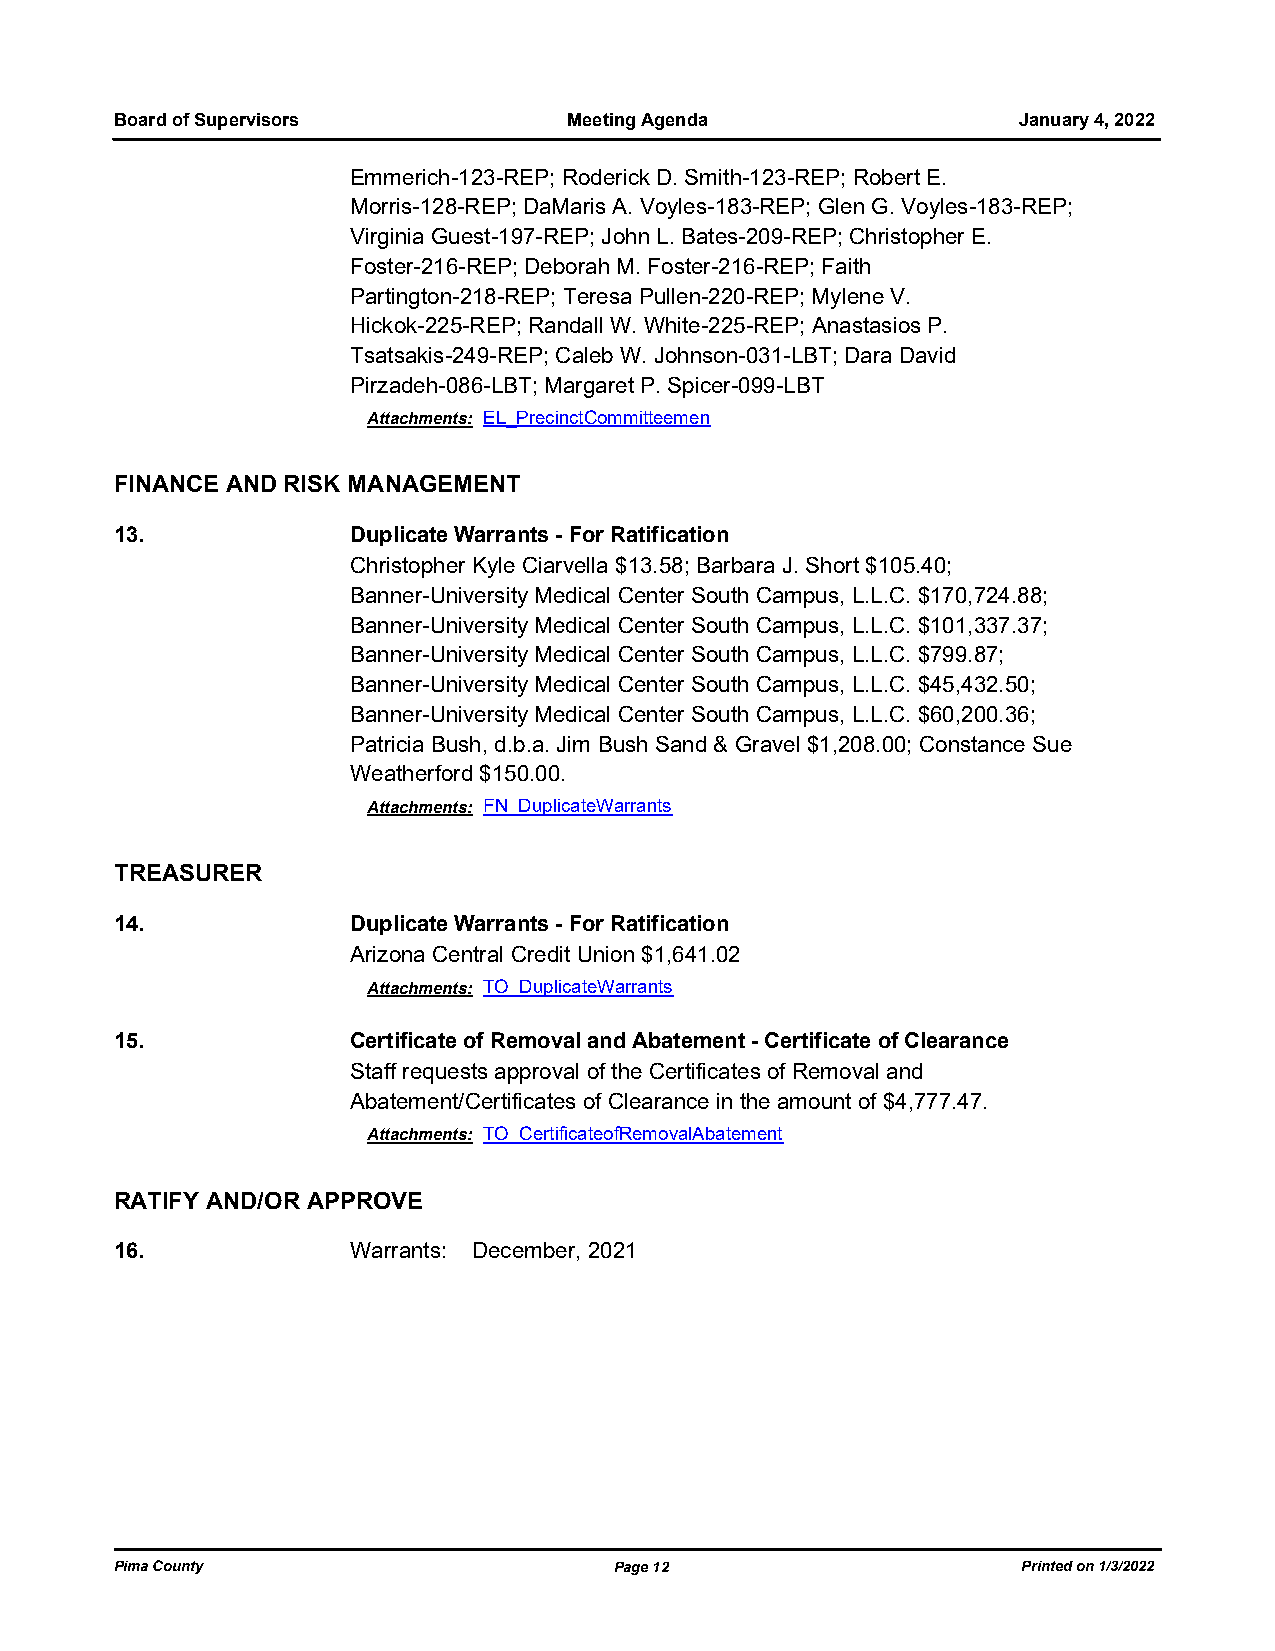
Board of Supervisors          Meeting Agenda               January 4, 2022
 Emmerich-123-REP; Roderick D. Smith-123-REP; Robert E.
 Morris-128-REP; DaMaris A. Voyles-183-REP; Glen G. Voyles-183-REP;
 Virginia Guest-197-REP; John L. Bates-209-REP; Christopher E.
 Foster-216-REP; Deborah M. Foster-216-REP; Faith
 Partington-218-REP; Teresa Pullen-220-REP; Mylene V.
 Hickok-225-REP; Randall W. White-225-REP; Anastasios P.
 Tsatsakis-249-REP; Caleb W. Johnson-031-LBT; Dara David
 Pirzadeh-086-LBT; Margaret P. Spicer-099-LBT
 Attachments: EL_PrecinctCommitteemen
 FINANCE AND RISK MANAGEMENT
 13.            Duplicate Warrants - For Ratification
 Christopher Kyle Ciarvella $13.58; Barbara J. Short $105.40;
 Banner-University Medical Center South Campus, L.L.C. $170,724.88;
 Banner-University Medical Center South Campus, L.L.C. $101,337.37;
 Banner-University Medical Center South Campus, L.L.C. $799.87;
 Banner-University Medical Center South Campus, L.L.C. $45,432.50;
 Banner-University Medical Center South Campus, L.L.C. $60,200.36;
 Patricia Bush, d.b.a. Jim Bush Sand & Gravel $1,208.00; Constance Sue
 Weatherford $150.00.
 Attachments: FN_DuplicateWarrants
 TREASURER
 14.            Duplicate Warrants - For Ratification
 Arizona Central Credit Union $1,641.02
 Attachments: TO_DuplicateWarrants
 15.            Certificate of Removal and Abatement - Certificate of Clearance
 Staff requests approval of the Certificates of Removal and
 Abatement/Certificates of Clearance in the amount of $4,777.47.
 Attachments: TO_CertificateofRemovalAbatement
 RATIFY AND/OR APPROVE
 16.            Warrants: December, 2021
 Pima County                      Page 12                    Printed on 1/3/2022